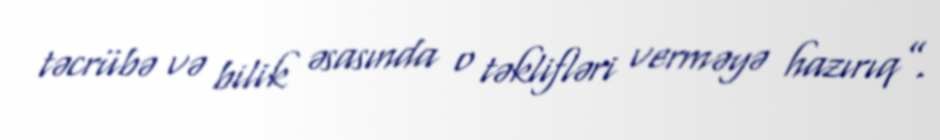
təcrübə və bilik əsasında o təklifləri verməyə hazırıq”.